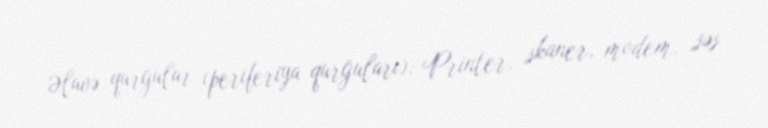
Əlavə qurğular (periferiya qurğuları): Printer, skaner, modem, səs